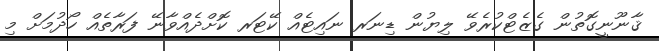
ޤާނޫނީގޮތުން ގެޒެޓްކުރެވޭ ލިޔުން ޑިނަރ ނައިޓެއް ކޭޓަރ ކޮށްދެއްވާނޭ ފަރާތެއް ހޯދުމަށް މި